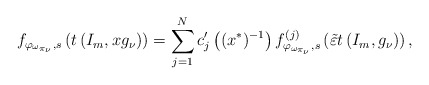
\begin{align*}f_{\varphi_{\omega_{\pi_{\nu}}},s} \left( t\left(I_m,xg_\nu\right)\right)=\sum_{j=1}^{N} c^\prime_{j}\left((x^*)^{-1}\right)f^{(j)}_{\varphi_{\omega_{\pi_{\nu}}},s}\left(\tilde{\varepsilon} t\left(I_m,g_\nu\right)\right),\end{align*}